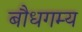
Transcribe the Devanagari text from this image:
बौधगम्य